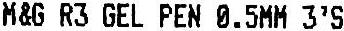
M&G R3 GEL PEN 0.5MM 3'S